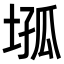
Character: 𡍢